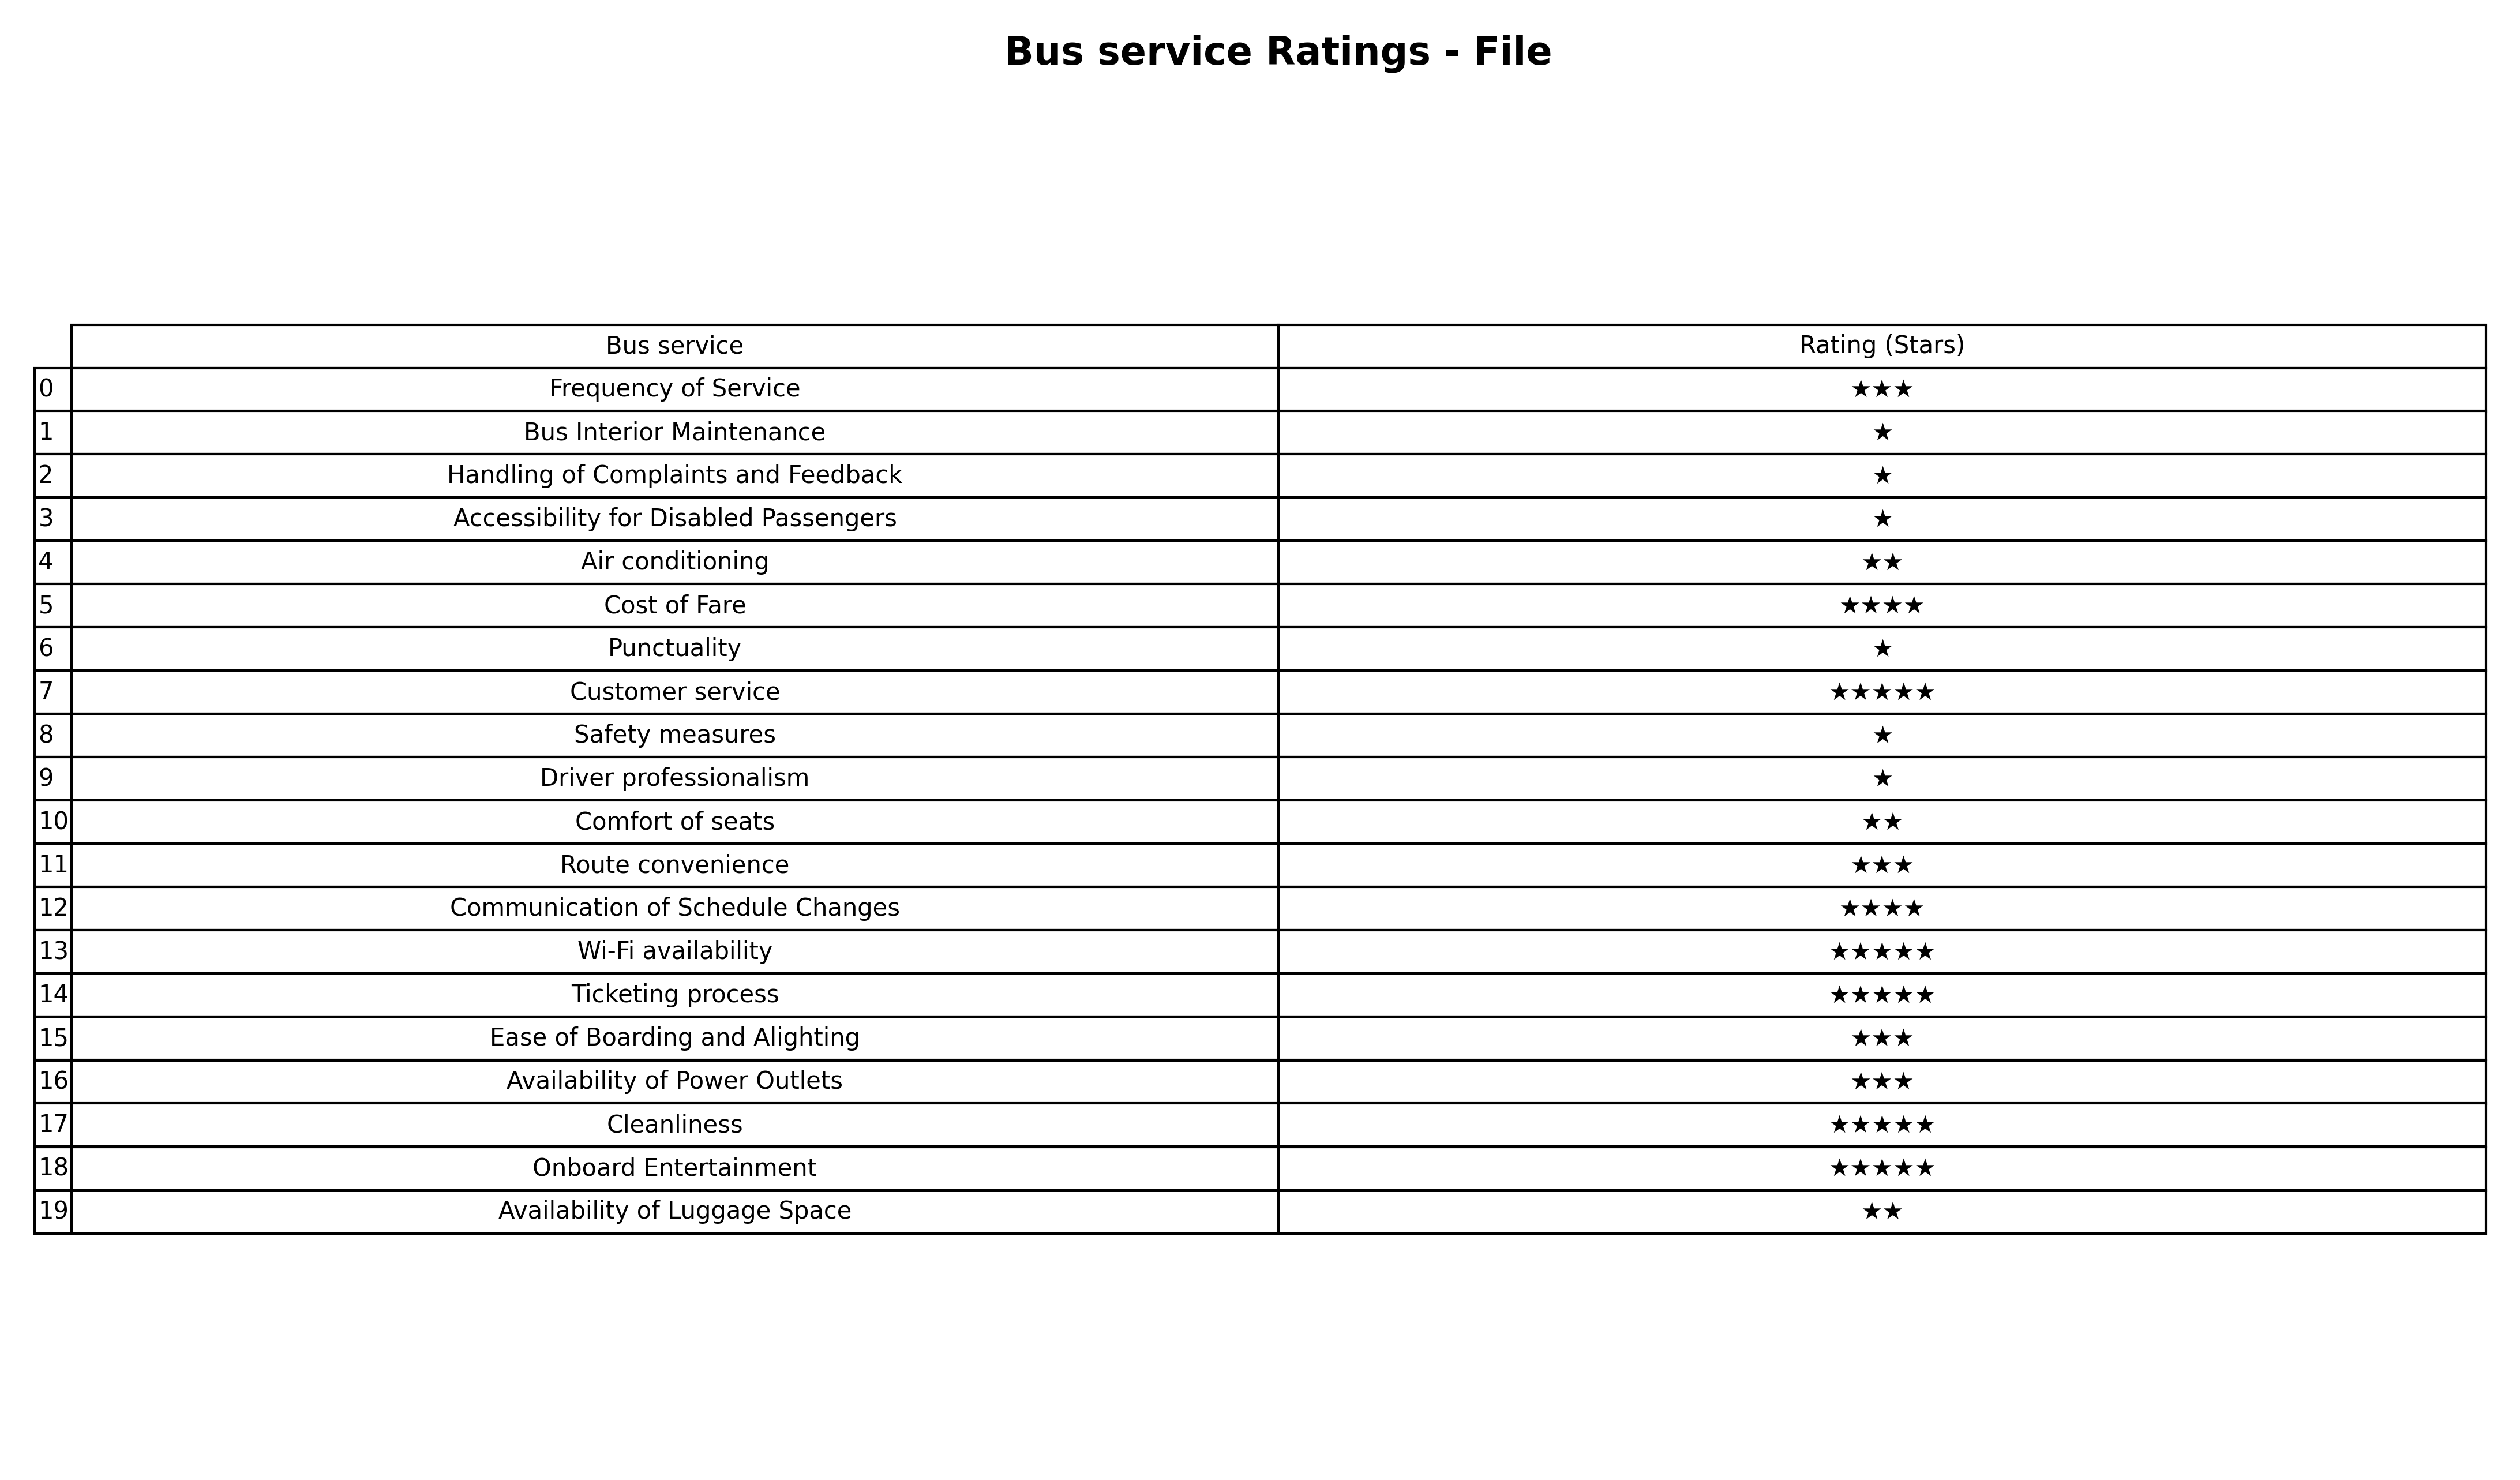
question: What is the rating of Bus Interior Maintenance?
answer: ★